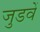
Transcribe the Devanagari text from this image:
जुडवें